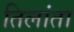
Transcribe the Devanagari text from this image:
तिलांता